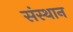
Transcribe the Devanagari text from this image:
संस्थान